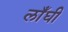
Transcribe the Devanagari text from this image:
लाँघी